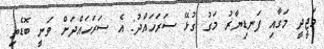
މަޖީދީ މަގާއި ފަނޑިޔާރު މަގު ގުޅޭ ސަރަހައްދު: އެ ސަރަހައްދަށް ވަނީ ބޮޑެތި